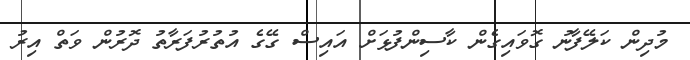
މުދިން ކަލޭފާނު ގޮވައިގެން ކާސިންފުޅަށް އައިސް ގޭގެ އުތުރުފަރާތު ދޮރުން ވަތް އިރު